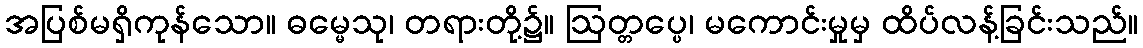
အပြစ်မရှိကုန်သော။ ဓမ္မေသု၊ တရားတို့၌။ ဩတ္တပ္ပေ၊ မကောင်းမှုမှ ထိပ်လန့်ခြင်းသည်။